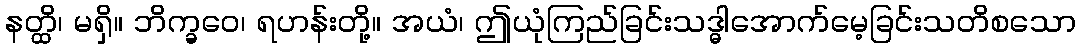
နတ္ထိ၊ မရှိ။ ဘိက္ခဝေ၊ ရဟန်းတို့။ အယံ၊ ဤယုံကြည်ခြင်းသဒ္ဓါအောက်မေ့ခြင်းသတိစသော